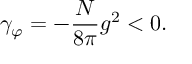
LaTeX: \gamma _ { \varphi } = - \frac { N } { 8 \pi } g ^ { 2 } < 0 .